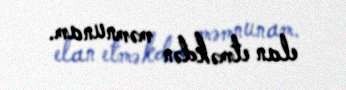
elan etməkdən məmnunam.